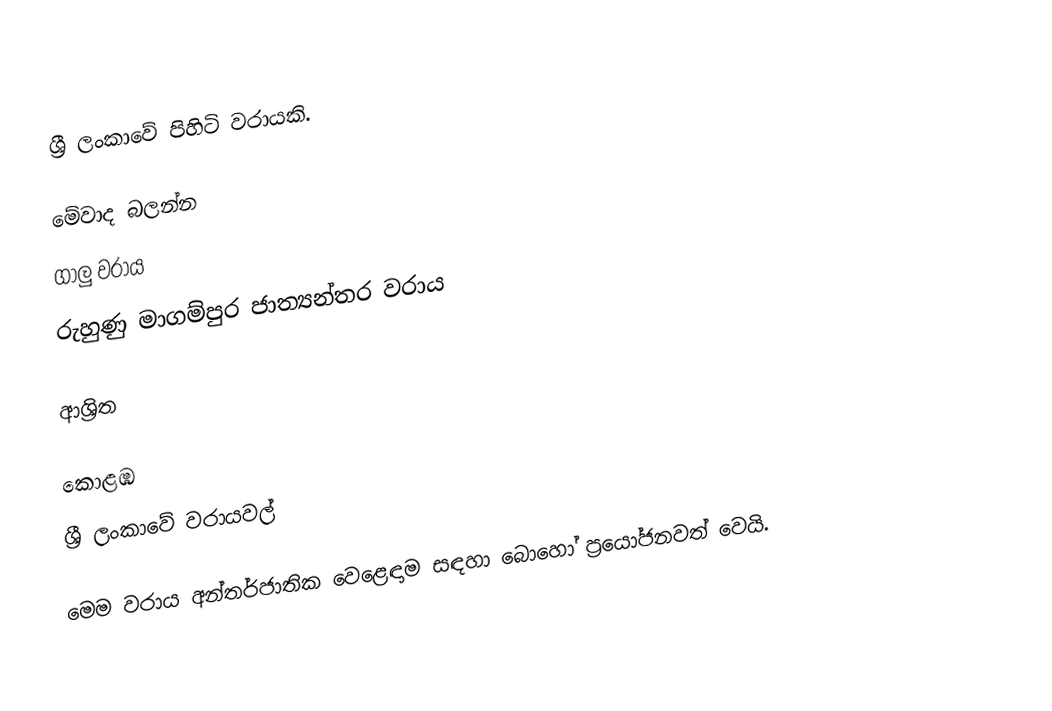
ශ්‍රී ලංකාවේ පිහිටි වරායකි.

මේවාද බලන්න
 ගාලු වරාය
 රුහුණු මාගම්පුර ජාත්‍යන්තර වරාය

ආශ්‍රිත

කොළඹ
ශ්‍රී ලංකාවේ වරායවල්

මෙම වරාය අන්තර්ජාතික වෙළෙඳාම සඳහා බොහෝ ප්‍රයෝජනවත් වෙයි.